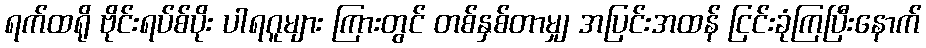
ရက်ထရို ဗိုင်းရပ်စ်ပိုး ပါရဂူများ ကြားတွင် တစ်နှစ်တာမျှ အပြင်းအထန် ငြင်းခုံကြပြီးနောက်